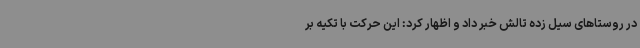
در روستاهای سیل زده تالش خبر داد و اظهار کرد: این حرکت با تکیه بر